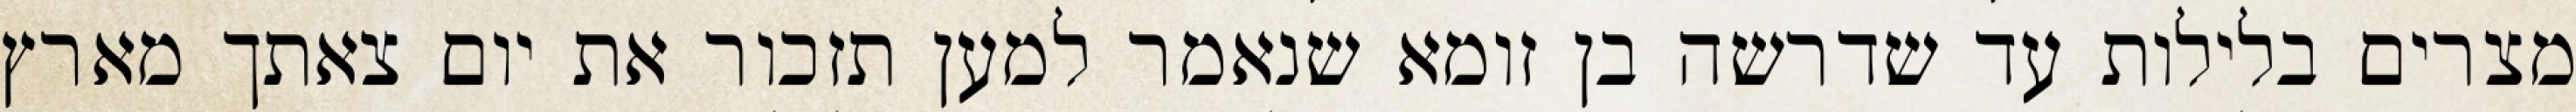
מצרים בלילות עד שדרשה בן זומא שנאמר למען תזכור את יום צאתך מארץ